Civil Veterinary Dept. North-West Frontier Province 1933-46 - 1933-1946
Year: 1933
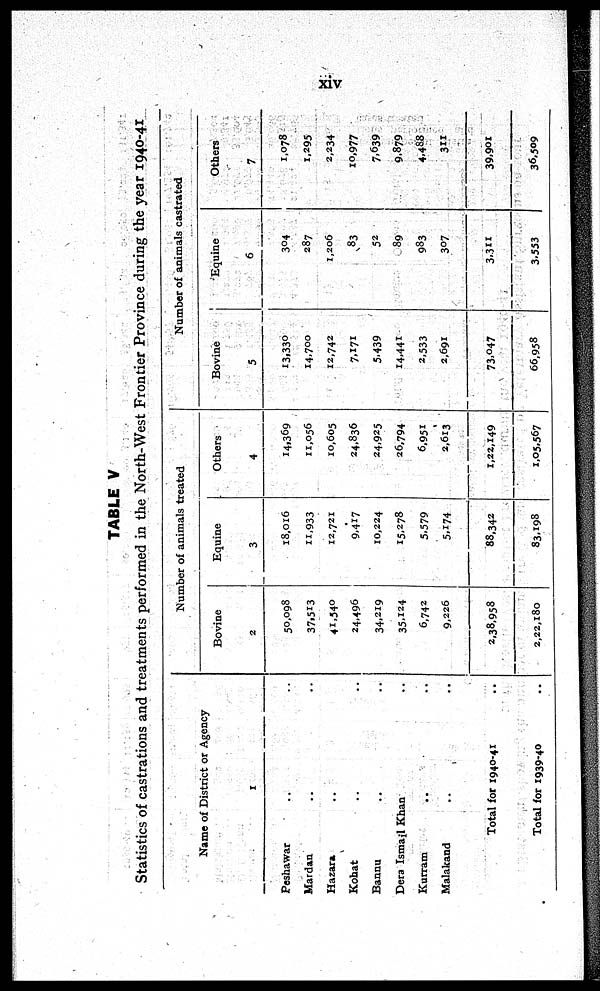
xiv
TABLE V
Statistics of castrations and treatments performed in the North-West Frontier Province during the year 1940-41
Name of District or Agency
1
Peshawar .. ..
Mardan .. ..
Hazara .. ..
Kohat .. ..
Bannu .. ..
Dera Ismail Khan .. ..
Kurram .. ..
Malakand .. ..
Total for 1940-41 ..
Total for 1939-40 ..
Number of animals treated
Bovine
2
50,098
37,513
41,540
24,496
34,219
35,124
6,742
9,226
2,38,958
2,22,180
Equine
3
18,016
11,933
12,721
9,417
10,224
15,278
5,579
5,174
88,342
83,198
Others
4
14,369
11,056
10,605
24,836
24,925
26,794
6,951
2,613
1,22,149
1,05,567
Number of animals castrated
Bovine
5
13,330
14,700
12,742
7,171
5,439
14,441
2,533
2,691
73,047
66,958
Equine
6
304
287
1,206
83
52
89
983
307
3,311
3,553
Others
7
1,078
1,295
2,234
10,977
7,639
9,879
4,488
311
39,901
36,509